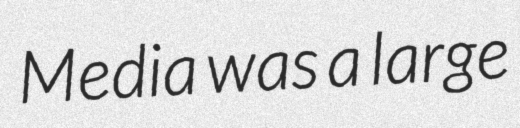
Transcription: Media was a large